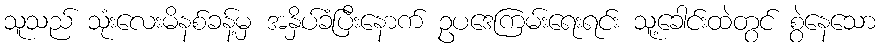
သူသည် သုံးလေးမိနစ်ခန့်မှ အနှိပ်ခံပြီးနောက် ဥပဒေကြမ်းရေးရင်း သူ့ခေါင်းထဲတွင် စွဲနေသော